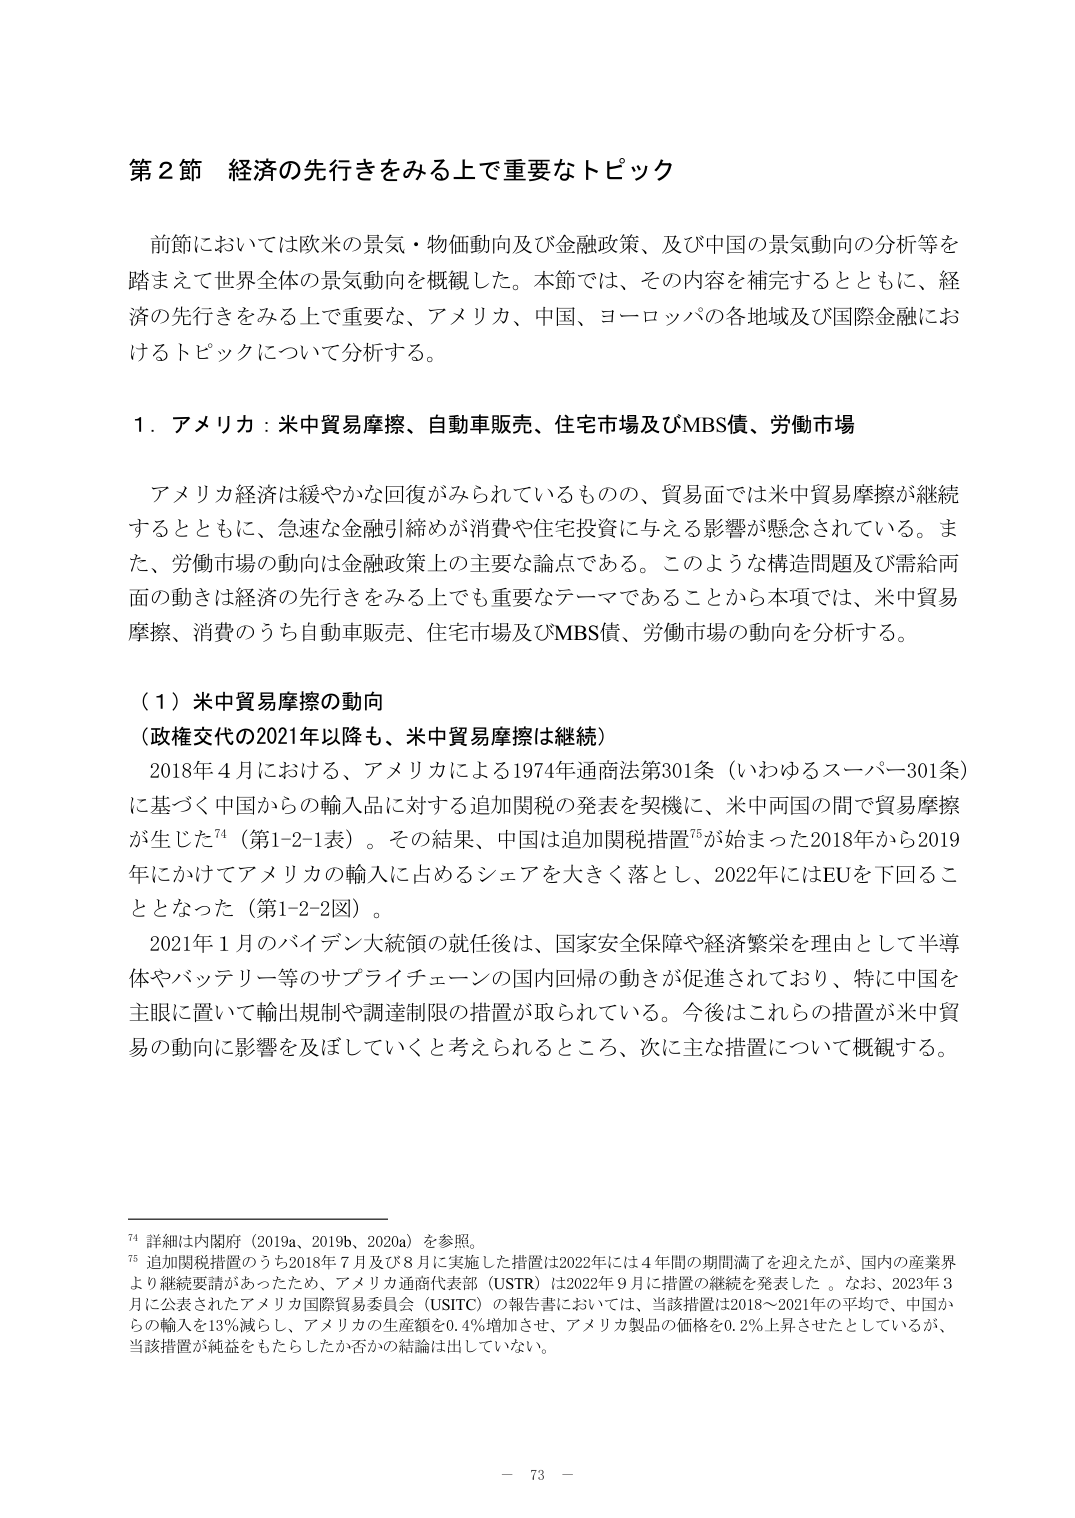
第２節 経済の先行きをみる上で重要なトピック

前節においては欧米の景気・物価動向及び金融政策、及び中国の景気動向の分析等を踏まえて世界全体の景気動向を概観した。本節では、その内容を補完するとともに、経済の先行きをみる上で重要な、アメリカ、中国、ヨーロッパの各地域及び国際金融におけるトピックについて分析する。

１．アメリカ：米中貿易摩擦、自動車販売、住宅市場及びMBS債、労働市場

アメリカ経済は緩やかな回復がみられているものの、貿易面では米中貿易摩擦が継続するとともに、急速な金融引締めが消費や住宅投資に与える影響が懸念されている。また、労働市場の動向は金融政策上の主要な論点である。このような構造問題及び需給両面の動きは経済の先行きをみる上でも重要なテーマであることから本項では、米中貿易摩擦、消費のうち自動車販売、住宅市場及びMBS債、労働市場の動向を分析する。

（１）米中貿易摩擦の動向
（政権交代の2021年以降も、米中貿易摩擦は継続）

2018年４月における、アメリカによる1974年通商法第301条（いわゆるスーパー301条）に基づく中国からの輸入品に対する追加関税の発表を契機に、米中両国の間で貿易摩擦が生じた⁷⁴（第1-2-1表）。その結果、中国は追加関税措置⁷⁵が始まった2018年から2019年にかけてアメリカの輸入に占めるシェアを大きく落とし、2022年にはEUを下回ることとなった（第1-2-2図）。

2021年１月のバイデン大統領の就任後は、国家安全保障や経済繁栄を理由として半導体やバッテリー等のサプライチェーンの国内回帰の動きが促進されており、特に中国を主眼に置いて輸出規制や調達制限の措置が取られている。今後はこれらの措置が米中貿易の動向に影響を及ぼしていくと考えられるところ、次に主な措置について概観する。

⁷⁴ 詳細は内閣府（2019a、2019b、2020a）を参照。
⁷⁵ 追加関税措置のうち2018年７月及び８月に実施した措置は2022年には４年間の期間満了を迎えたが、国内の産業界より継続要請があったため、アメリカ通商代表部（USTR）は2022年９月に措置の継続を発表した。なお、2023年３月に公表されたアメリカ国際貿易委員会（USITC）の報告書においては、当該措置は2018～2021年の平均で、中国からの輸入を13％減らし、アメリカの生産額を0.4％増加させ、アメリカ製品の価格を0.2％上昇させたとしているが、当該措置が純益をもたらしたか否かの結論は出していない。

－ 73 －